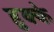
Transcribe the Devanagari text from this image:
हुक्‍के